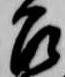
召